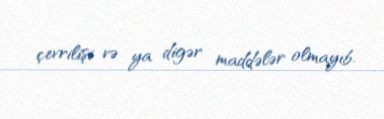
çevrilişi və ya digər maddələr olmayıb.